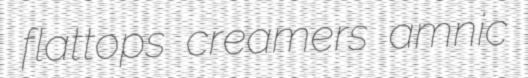
flattops creamers amnic